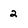
Character: 2